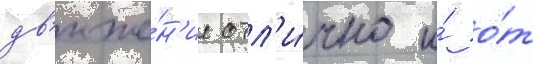
дв'иже́н'ие отл'и́чно и́ о́т